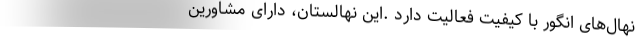
نهال‌های انگور با کیفیت فعالیت دارد .این نهالستان، دارای مشاورین